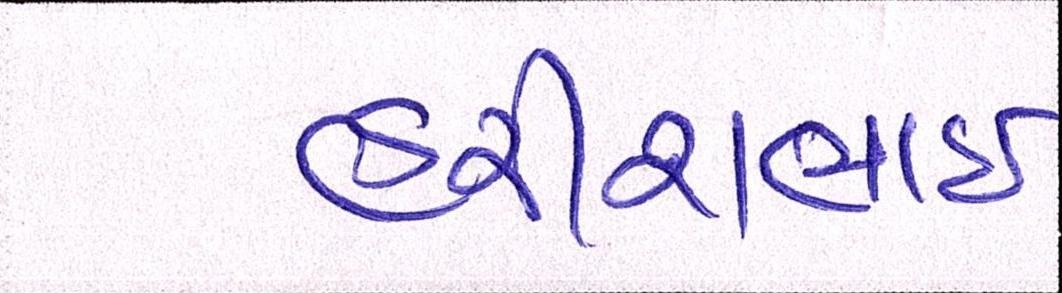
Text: હરીશભાઈ